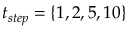
t _ { s t e p } = \{ 1 , 2 , 5 , 1 0 \}